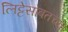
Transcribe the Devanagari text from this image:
लिट्टेसोबतच्या